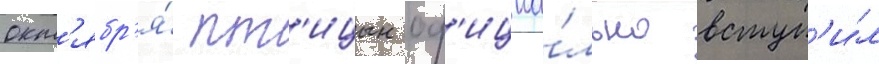
окт'ябр'я́ пт'ицын оф'ициа́льно вступ'и́л